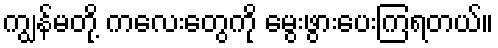
ကျွန်မတို့ ကလေးတွေကို မွေးဖွားပေးကြရတယ်။